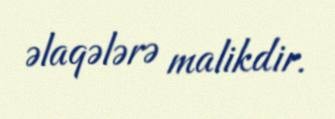
əlaqələrə malikdir.